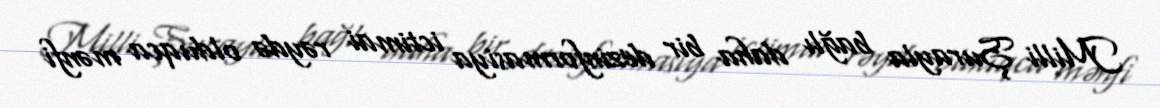
Milli Şurayla bağlı daha bir dezinformasiya ictimai rəydə olduqca mənfi